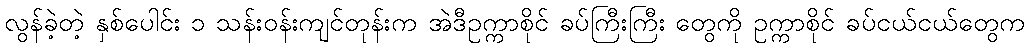
လွန်ခဲ့တဲ့ နှစ်ပေါင်း ၁ သန်းဝန်းကျင်တုန်းက အဲဒီဥက္ကာစိုင် ခပ်ကြီးကြီး တွေကို ဥက္ကာစိုင် ခပ်ငယ်ငယ်တွေက